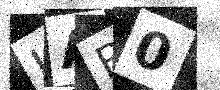
Text: UAB0